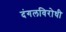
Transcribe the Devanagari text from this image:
दंगलविरोधी